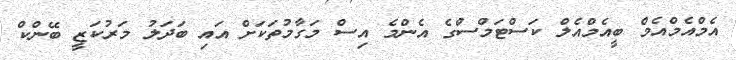
އެމްއެމްއެމް ބީއެމްއެލް ކަސްޓަމްސްގެ އެންމެ އިސް މަގާމުތަކަށް އައި ބަދަލު މަރުކަޒީ ބޭންކް